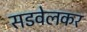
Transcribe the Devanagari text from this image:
सडवेलकर